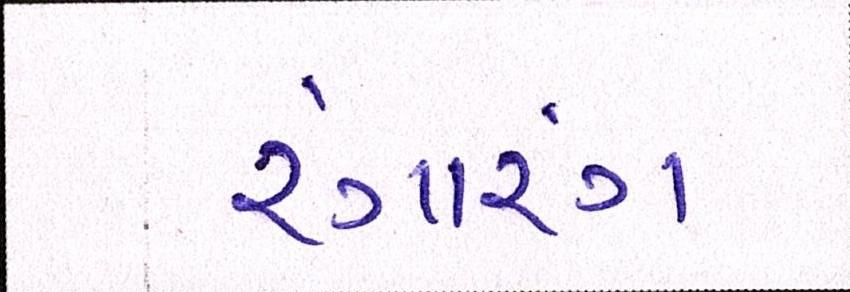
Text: રંગારંગ